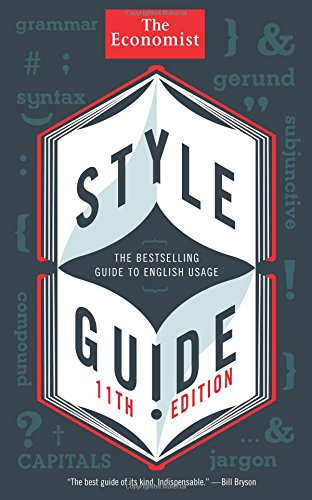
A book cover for Style Guide (Economist Books); The Economist; Reference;